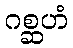
ဂစ္ဆဟံ